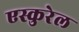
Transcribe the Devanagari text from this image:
एस्कुरेल